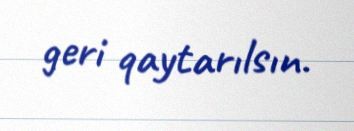
geri qaytarılsın.